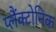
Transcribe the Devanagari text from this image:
प्लैंक्टोनिक